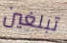
تبلغين